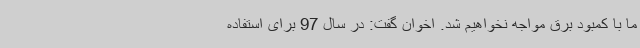
ما با کمبود برق مواجه نخواهیم شد. اخوان گفت: در سال 97 برای استفاده